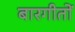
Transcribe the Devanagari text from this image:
बारगीतों